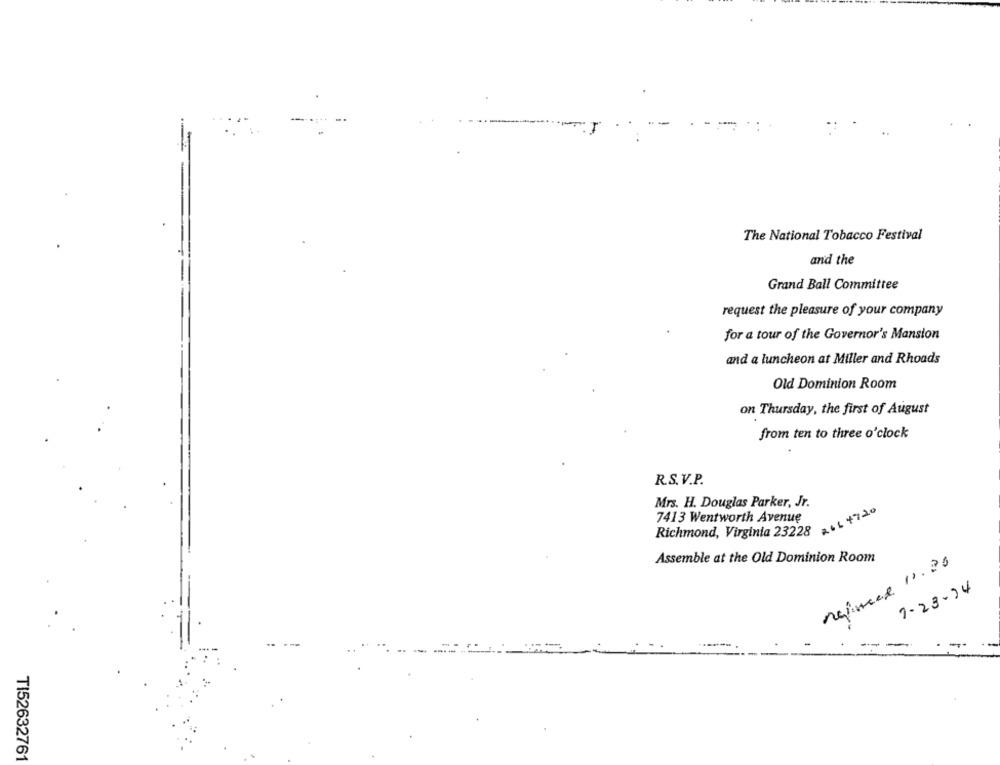
--
The National Tobacco Festival
and the
Grand Ball Committee
request the pleasure of your company
for a tour of the Governor's Mansion
and a luncheon at Miller and Rhoads
Old Dominion Room
on Thursday, the first of August
from ten to three o'clock
R.S.V.P.
Mrs. H. Douglas Parker, Jr.
7413 Wentworth Avenue
Richmond, Virginia 23228 . 4720
Assemble at the Old Dominion Room
refined 11.20
7-23-24
TI52632761